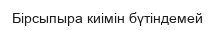
Бірсыпыра киімін бүтіндемей